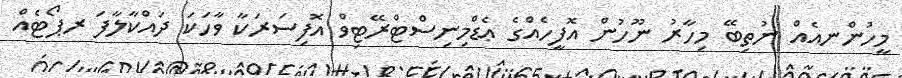
މީހުންނއެއް ނުތިބޭ މިހާރު ނޫހުން އޮފީހެއްގެ ޢެޑްމިނިސްޓްރޭޓިވް އޮފިސަރަކާ ވާހަކަ ދައްކާލާފަ ރޕޯޓެއް